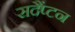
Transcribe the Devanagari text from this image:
सदैंप्टन